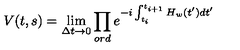
V ( t , s ) = \lim _ { \Delta t \rightarrow 0 } \prod _ { o r d } e ^ { - i \int _ { t _ { i } } ^ { t _ { i + 1 } } H _ { w } ( t ^ { \prime } ) d t ^ { \prime } }